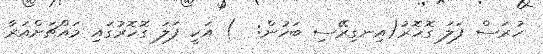
ހުރަސް ފަލަ ގޮހޮރު(އިނގިރޭސި ބަހުން:  ) އަކީ ފަލަ ގޮހޮރުގައި މައްޗަށްއަރާ